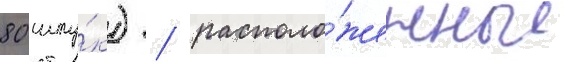
80 шту́к) / располо́женные